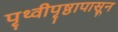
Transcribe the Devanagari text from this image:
पृथ्वीपृष्ठापासून